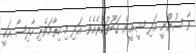
ވާ ސުންނީ އަދި ޝީޢީން ގަބޫލުކުރެއެވެ. އަދި މި ހިތާމަވެރި ހާދިސާ އަކީ